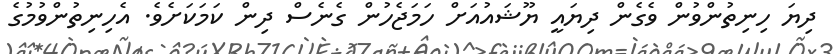
ދިޔަ ހިނިތުންވުން ވެގެން ދިޔައީ ޔޫޝައުއަށް ހަމަޖެހުން ގެނެސް ދިން ކަމަކަށެވެ. އެހިނިތުންވުމުގެ